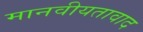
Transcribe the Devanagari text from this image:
मानवीयतावाद